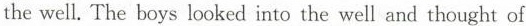
the well. The beys looked into the well and thought of